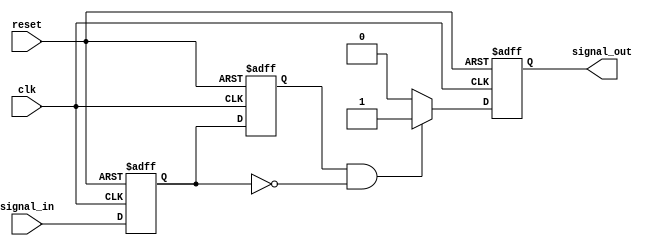
module negative_edge_detector (
    input wire clk,              // Clock signal
    input wire reset,            // Asynchronous reset
    input wire signal_in,        // Input signal to detect negative edge
    output reg signal_out        // Output signal indicating negative edge detection
);

    reg current_state;           // Current state of signal_in
    reg prev_state;              // Previous state of signal_in

    // Asynchronous reset and state sampling on rising edge of clk
    always @(posedge clk or posedge reset) begin
        if (reset) begin
            // Initialize states on reset
            prev_state <= 1'b0;
            current_state <= 1'b0;
            signal_out <= 1'b0;  // Ensure output is low on reset
        end else begin
            // Sample the current state of signal_in
            prev_state <= current_state; // Store previous state
            current_state <= signal_in;   // Update current state
            
            // Detect negative edge
            if (prev_state == 1'b1 && current_state == 1'b0) begin
                signal_out <= 1'b1; // Set output high on negative edge
            end else begin
                signal_out <= 1'b0; // Reset output otherwise
            end
        end
    end

endmodule